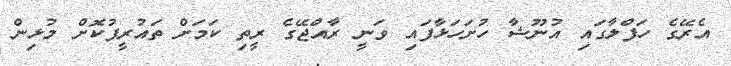
އެރޭގެ ހަފްލާގައި އުނޫޝާ ހުށަހަޅާފައި ވަނީ ރާއްޖޭގެ ރީތި ކަމަށް ތައުރީފުކޮށް މުޅިން